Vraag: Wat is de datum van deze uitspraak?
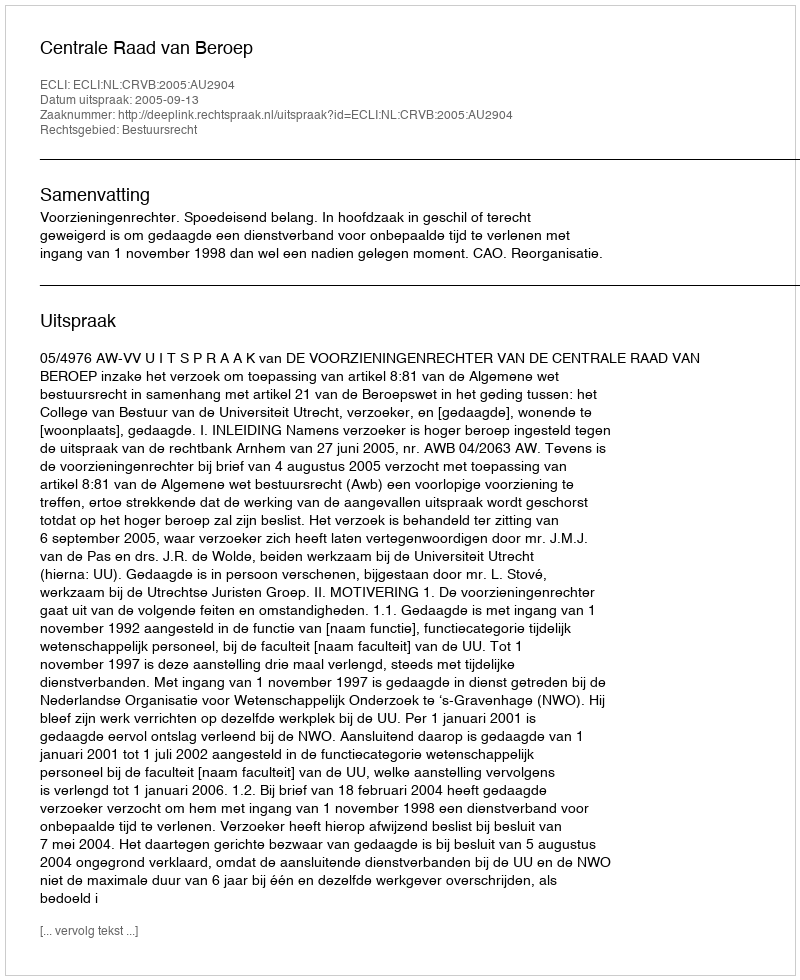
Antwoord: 2005-09-13